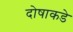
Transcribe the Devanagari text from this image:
दोषाकडे